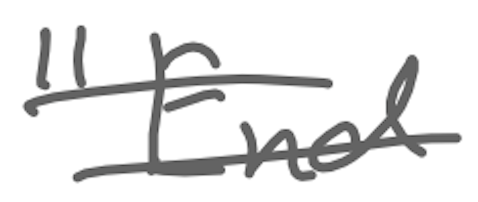
Text: "End
Cross-out: double-line
Writing tool: digital_gray